Annual report on the working of the mental hospitals in the Madras Presidency - 1912-1932
Year: 1912
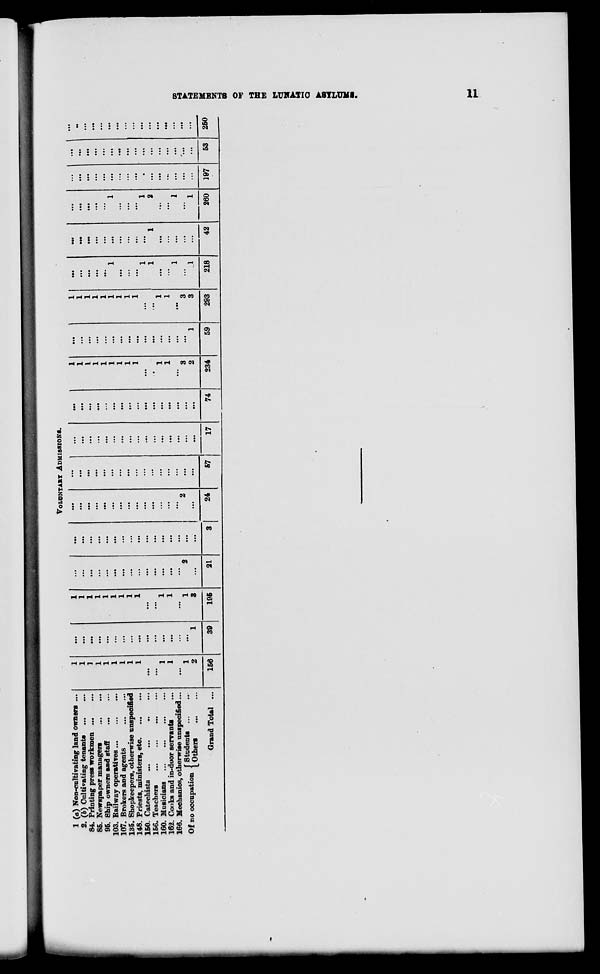
>»wp«
'■"■I'— 1
-
VoLONTABT ADMISSIONS.
1 (a) Non-cultivating land owners ...
1
...
1
,.
1
...
1
...
•*•
... 1 -
2. (6) Cultivating tenants
1
...
1
• ..
1
1
...
...
••
84. Printing press workmen ...
1
...
1
..
..
I
1
...
•••
...
...
85. Newspaper managers
1
...
1
• •
• ..
1
1
...
...
...
...
95. Ship owners and staff
...
1
...
1
..
• ..
1
1
...
...
103. Railway operatives ...
1
...
1
..
• ..
1
1
1
...
1
...
107. Brokers and agents
1
...
1
..
..
1
1
...
...
...
...
135. Shopkeepers, otherwise unspecified
1
1
..
1
1
...
148. Priests, ministers, etc.
1
...
1
1
1
...
150. Catechists
...
...
...
1
1
...
156. Teachers
...
■••
,.
1
1
2
...
160. Musicians
1
1
1
1
...
...
162. Cooks and in-door servants
1
...
1
1
1
...
...
166. Mechanics, otherwise unspecified...
...
...
1
1
...
rv»
..
f Students ...
Of no occupation [ 0thera
1
2
1
1
8
2
..
2
3
2
' 1
3
3
1
...
1
...
Grand Total ...
156
39
195
21
3
24
57
17
74
234
59
293
218
42
260
197
i
53
250
00
H
I
as
H
CD
O
3
I
a
i